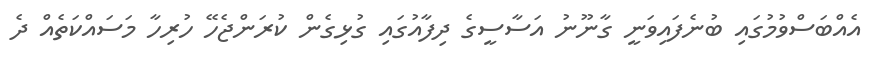
އެއްބަސްވުމުގައި ބުނެފައިވަނީ ގާނޫނު އަސާސީގެ ދިފާއުގައި ގުޅިގެން ކުރަންޖެހޭ ހުރިހާ މަސައްކަތެއް ދެ